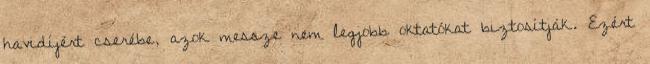
havidíjért cserébe, azok messze nem legjobb oktatókat biztosítják. Ezért